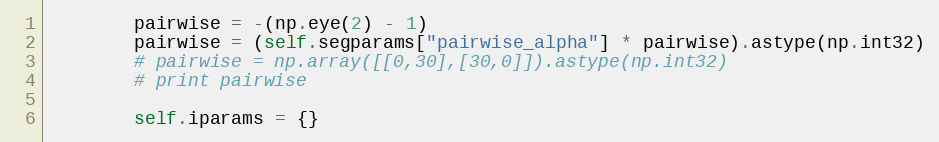
Language: Python
        pairwise = -(np.eye(2) - 1)
        pairwise = (self.segparams["pairwise_alpha"] * pairwise).astype(np.int32)
        # pairwise = np.array([[0,30],[30,0]]).astype(np.int32)
        # print pairwise

        self.iparams = {}